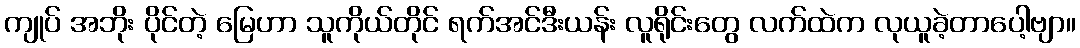
ကျုပ် အဘိုး ပိုင်တဲ့ မြေဟာ သူကိုယ်တိုင် ရက်အင်ဒီးယန်း လူရိုင်းတွေ လက်ထဲက လုယူခဲ့တာပေါ့ဗျာ။